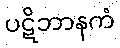
ပဋိဘာနကံ